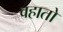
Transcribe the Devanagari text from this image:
वहातो